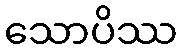
သောပိဿ